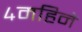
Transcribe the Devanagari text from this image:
४महिने